system: You are a helpful assistant.
user:
Analyze the provided spectrum to determine if it is a **M-type Giant (gM)**.

A M-type Giant spectrum is defined by its **strong molecular absorption** features, particularly from **Titanium Oxide (TiO)**. You must check for one of the following mutually exclusive signatures:

- **Key Visual Indicators (Absorption-Dominated Spectrum):**

    - **(Primary):** The spectrum is dominated by strong molecular absorption from **Titanium Oxide (TiO)**. This is the **defining feature** of its M-type temperature class.
        - **(Key Bandheads):** Look for sharp, "saw-tooth" absorption valleys. The strongest are located near **~7050 Å**, **~6160 Å**, and **~5170 Å**.
        - **(Line Profile):** The "saw-tooth" morphology is critical: a **sharp, steep drop on the BLUE (short-wavelength) side** of the bandhead, followed by a gradual recovery (rising flux) towards the RED (long-wavelength) side.

    - **(Key Confirmation - Giant vs. Dwarf):** **ABSENCE** of strong **Calcium Hydride (CaH)** molecular bands. This is the primary diagnostic for *excluding* M-dwarfs.
        - **(Key Region):** The spectrum should lack the strong, broad absorption band seen in dwarfs between **~6800 Å and ~7000 Å**.

    - **(Secondary Confirmation - Giant):** A very strong and broad **Neutral Calcium (Ca I)** atomic absorption line.
        - **(Key Line):** Located at **~4226 Å**. In a giant (gM), this line is significantly deeper and broader than the same line in an M-dwarf (dM) due to low surface gravity.

    - **(Overall Spectrum):**
        - The continuum is **extremely red-sloping** (i.e., flux is very low in the blue and rises dramatically towards the red).
        - The entire spectrum appears "chopped up" by the deep TiO bands.

Think first, call **spectral_visualization_tool** if needed to examine features in detail, then provide your final answer. Your response must adhere to the following strict rules:
1.  **Overall Structure:** Your response must follow the format `<think>...</think> <tool_call>...</tool_call> (if a tool is used) <answer>...</answer>`.
2.  **Tool Usage Constraint:** You may only make **one** tool call per turn.
3.  **Final Answer Format:** In the `<answer>` tag, your conclusion must be inside a `\boxed{}` command (e.g., `\boxed{YES}` or `\boxed{NO}`), followed by your justification.

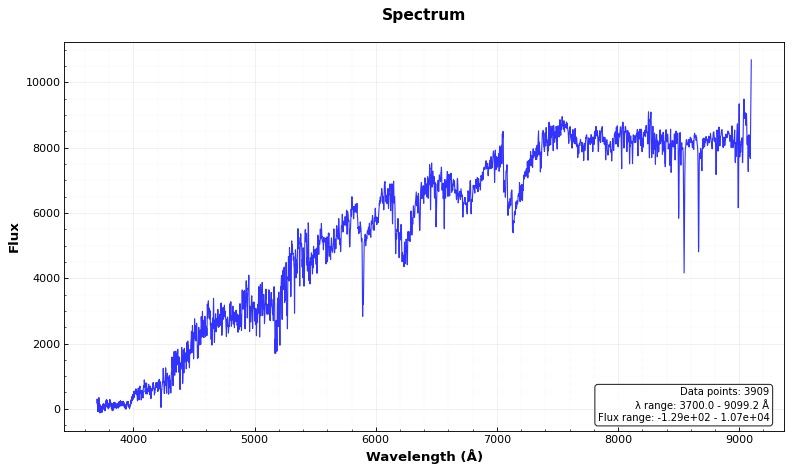
Answer: YES